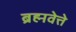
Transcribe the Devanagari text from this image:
ब्रह्मवेत्ते